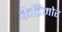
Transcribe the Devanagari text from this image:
केटिमोर